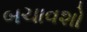
બચાવશો